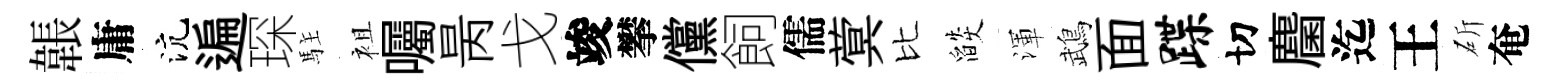
韔庸沆遍琛駐袓囑昺戈竣攀儻飼儒蓂比燄渾鵡面蹀切麕迄王斫奄